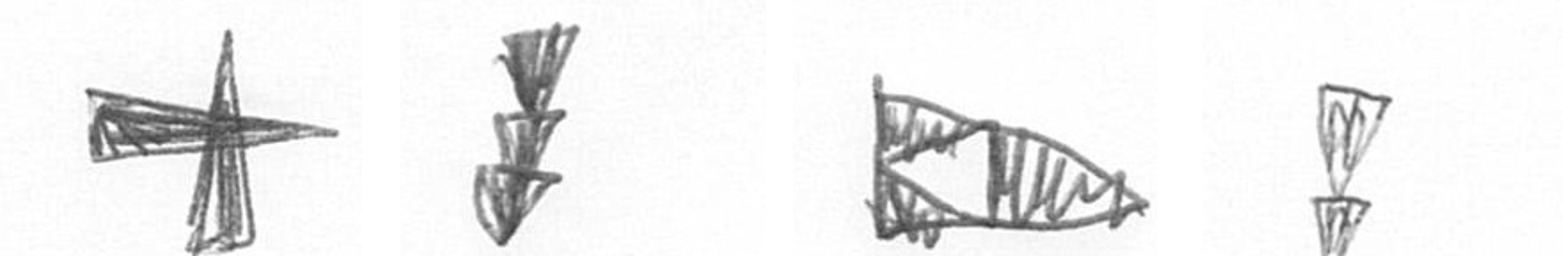
G E K Z